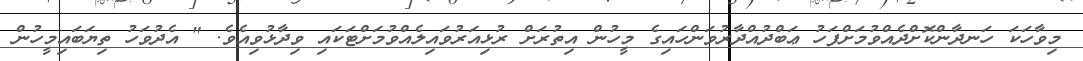
މިވާހަކަ ހަނދާންކޮށްދެއްވުމަށްފަހު ޢަބްދުއްދާރުވަންހައިގެ މީހުން އިތުރަށް ރުޅިއަރުވައިލެއްވުމަށްޓަކައި ވިދާޅުވިއެވެ. " އެދުވަހު ތިޔަބައިމީހުން